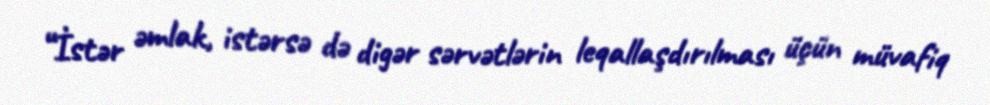
“İstər əmlak, istərsə də digər sərvətlərin leqallaşdırılması üçün müvafiq